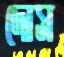
দোস